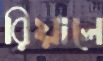
রিয়ালে